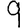
Digit: 9